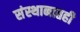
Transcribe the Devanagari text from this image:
संस्थानातही